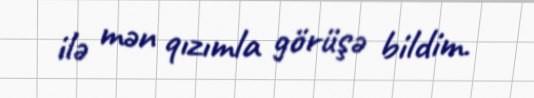
ilə mən qızımla görüşə bildim.